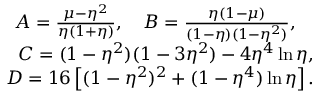
\begin{array} { r } { A = \frac { \mu - \eta ^ { 2 } } { \eta ( 1 + \eta ) } , \quad B = \frac { \eta ( 1 - \mu ) } { ( 1 - \eta ) ( 1 - \eta ^ { 2 } ) } , \quad } \\ { C = ( 1 - \eta ^ { 2 } ) ( 1 - 3 \eta ^ { 2 } ) - 4 \eta ^ { 4 } \ln { \eta } , } \\ { D = 1 6 \left[ ( 1 - \eta ^ { 2 } ) ^ { 2 } + ( 1 - \eta ^ { 4 } ) \ln { \eta } \right] . } \end{array}